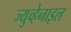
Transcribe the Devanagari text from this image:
ज्युव्हेनाइल